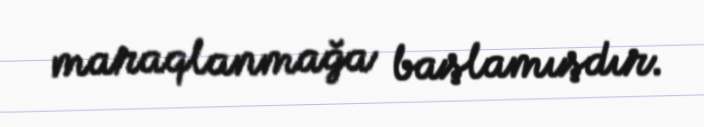
maraqlanmağa başlamışdır.